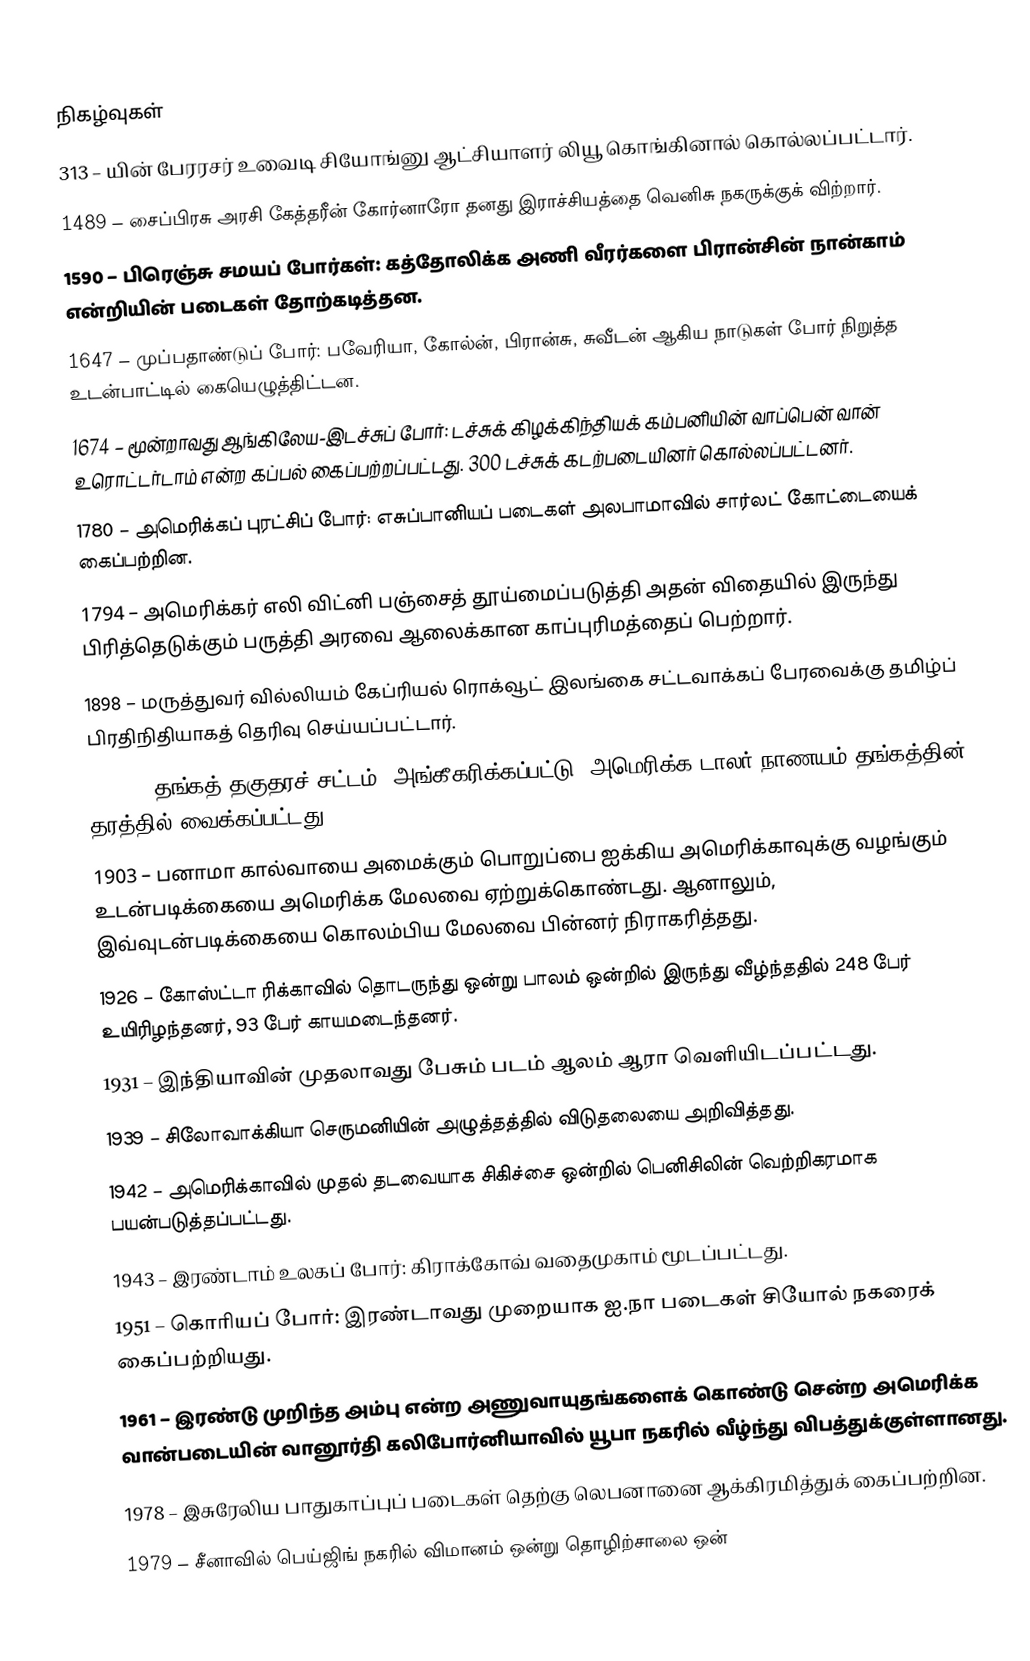

நிகழ்வுகள்
313 –  யின் பேரரசர் உவைடி சியோங்னு ஆட்சியாளர் லியூ கொங்கினால் கொல்லப்பட்டார்.
1489 – சைப்பிரசு அரசி கேத்தரீன் கோர்னாரோ தனது இராச்சியத்தை வெனிசு நகருக்குக் விற்றார்.
1590 – பிரெஞ்சு சமயப் போர்கள்: கத்தோலிக்க அணி வீரர்களை பிரான்சின் நான்காம் என்றியின் படைகள் தோற்கடித்தன.
1647 – முப்பதாண்டுப் போர்: பவேரியா, கோல்ன், பிரான்சு, சுவீடன் ஆகிய நாடுகள் போர் நிறுத்த உடன்பாட்டில் கையெழுத்திட்டன.
1674 – மூன்றாவது ஆங்கிலேய-இடச்சுப் போர்: டச்சுக் கிழக்கிந்தியக் கம்பனியின் வாப்பென் வான் உரொட்டர்டாம் என்ற கப்பல் கைப்பற்றப்பட்டது. 300 டச்சுக் கடற்படையினர் கொல்லப்பட்டனர்.
1780 – அமெரிக்கப் புரட்சிப் போர்: எசுப்பானியப் படைகள் அலபாமாவில் சார்லட் கோட்டையைக் கைப்பற்றின.
1794 – அமெரிக்கர் எலி விட்னி பஞ்சைத் தூய்மைப்படுத்தி அதன் விதையில் இருந்து பிரித்தெடுக்கும் பருத்தி அரவை ஆலைக்கான காப்புரிமத்தைப் பெற்றார்.
1898 – மருத்துவர் வில்லியம் கேப்ரியல் ரொக்வூட் இலங்கை சட்டவாக்கப் பேரவைக்கு தமிழ்ப் பிரதிநிதியாகத் தெரிவு செய்யப்பட்டார்.
1900 – "தங்கத் தகுதரச் சட்டம்" அங்கீகரிக்கப்பட்டு, அமெரிக்க டாலர் நாணயம் தங்கத்தின் தரத்தில் வைக்கப்பட்டது.
1903 – பனாமா கால்வாயை அமைக்கும் பொறுப்பை ஐக்கிய அமெரிக்காவுக்கு வழங்கும் உடன்படிக்கையை அமெரிக்க மேலவை ஏற்றுக்கொண்டது. ஆனாலும், இவ்வுடன்படிக்கையை கொலம்பிய மேலவை பின்னர் நிராகரித்தது.
1926 – கோஸ்ட்டா ரிக்காவில் தொடருந்து ஒன்று பாலம் ஒன்றில் இருந்து வீழ்ந்ததில் 248 பேர் உயிரிழந்தனர், 93 பேர் காயமடைந்தனர்.
1931 – இந்தியாவின் முதலாவது பேசும் படம் ஆலம் ஆரா வெளியிடப்பட்டது.
1939 – சிலோவாக்கியா செருமனியின் அழுத்தத்தில் விடுதலையை அறிவித்தது.
1942 – அமெரிக்காவில் முதல் தடவையாக சிகிச்சை ஒன்றில் பெனிசிலின் வெற்றிகரமாக பயன்படுத்தப்பட்டது.
1943 – இரண்டாம் உலகப் போர்: கிராக்கோவ் வதைமுகாம் மூடப்பட்டது.
1951 – கொரியப் போர்: இரண்டாவது முறையாக ஐ.நா படைகள் சியோல் நகரைக் கைப்பற்றியது.
1961 – இரண்டு முறிந்த அம்பு என்ற அணுவாயுதங்களைக் கொண்டு சென்ற அமெரிக்க வான்படையின் வானூர்தி கலிபோர்னியாவில் யூபா நகரில் வீழ்ந்து விபத்துக்குள்ளானது.
1978 – இசுரேலிய பாதுகாப்புப் படைகள் தெற்கு லெபனானை ஆக்கிரமித்துக் கைப்பற்றின.
1979 – சீனாவில் பெய்ஜிங் நகரில் விமானம் ஒன்று தொழிற்சாலை ஒன்